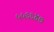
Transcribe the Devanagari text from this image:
५५६६४७